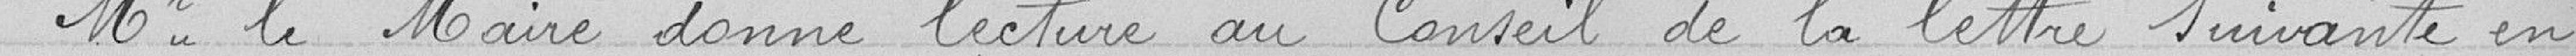
Monsieur le Maire donne lecture au Conseil de la lettre suivante en